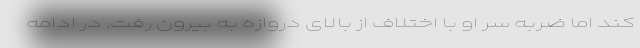
کند اما ضربه سر او با اختلاف از بالای دروازه به بیرون رفت. در ادامه